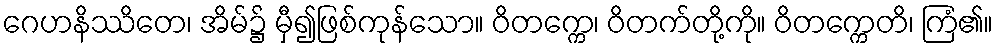
ဂေဟနိဿိတေ၊ အိမ်၌ မှီ၍ဖြစ်ကုန်သော။ ဝိတက္ကေ၊ ဝိတက်တို့ကို။ ဝိတက္ကေတိ၊ ကြံ၏။